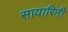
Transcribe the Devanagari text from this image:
सायारिनी